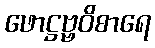
ဖောဋ္ဌဗ္ဗဝိစာရေ